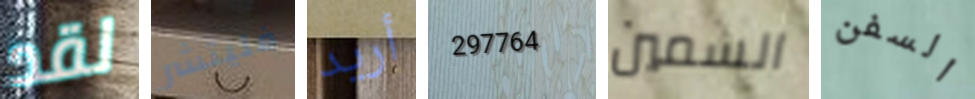
لقد فليتشر أريد 297764 السمين السفن